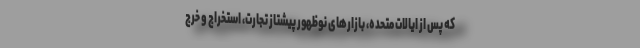
که پس از ایالات متحده، بازارهای نوظهور پیشتاز تجارت، استخراج و خرج